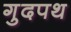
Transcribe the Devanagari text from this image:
गुदपथ